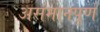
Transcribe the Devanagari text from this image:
असंमानपूर्ण